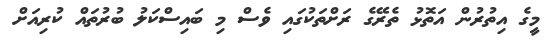
މީގެ އިތުރުން އަތޮޅު ތެރޭގެ ރަށްތަކުގައި ވެސް މި ބައިސްކަލު ބުރުތައް ކުރިއަށް